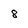
Character: 8